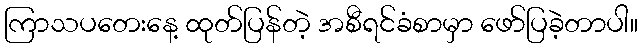
ကြာသပတေးနေ့ ထုတ်ပြန်တဲ့ အစီရင်ခံစာမှာ ဖော်ပြခဲ့တာပါ။